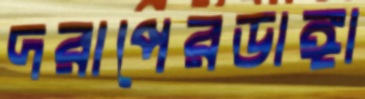
দরাপেরডাঙ্গা